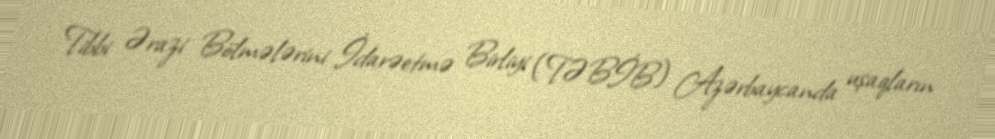
Tibbi Ərazi Bölmələrini İdarəetmə Birliyi (TƏBİB) Azərbaycanda uşaqların